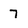
Character: 7